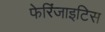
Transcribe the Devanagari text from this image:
फेरिंजाइटिस